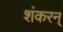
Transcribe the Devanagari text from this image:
शंकरन्